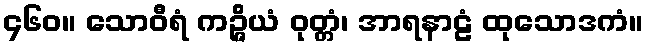
၄၆၀။ သောဝီရံ ကဉ္ဇိယံ ဝုတ္တံ၊ အာရနာဠံ ထုသောဒကံ။